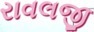
રાવલજી